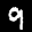
Label: 9